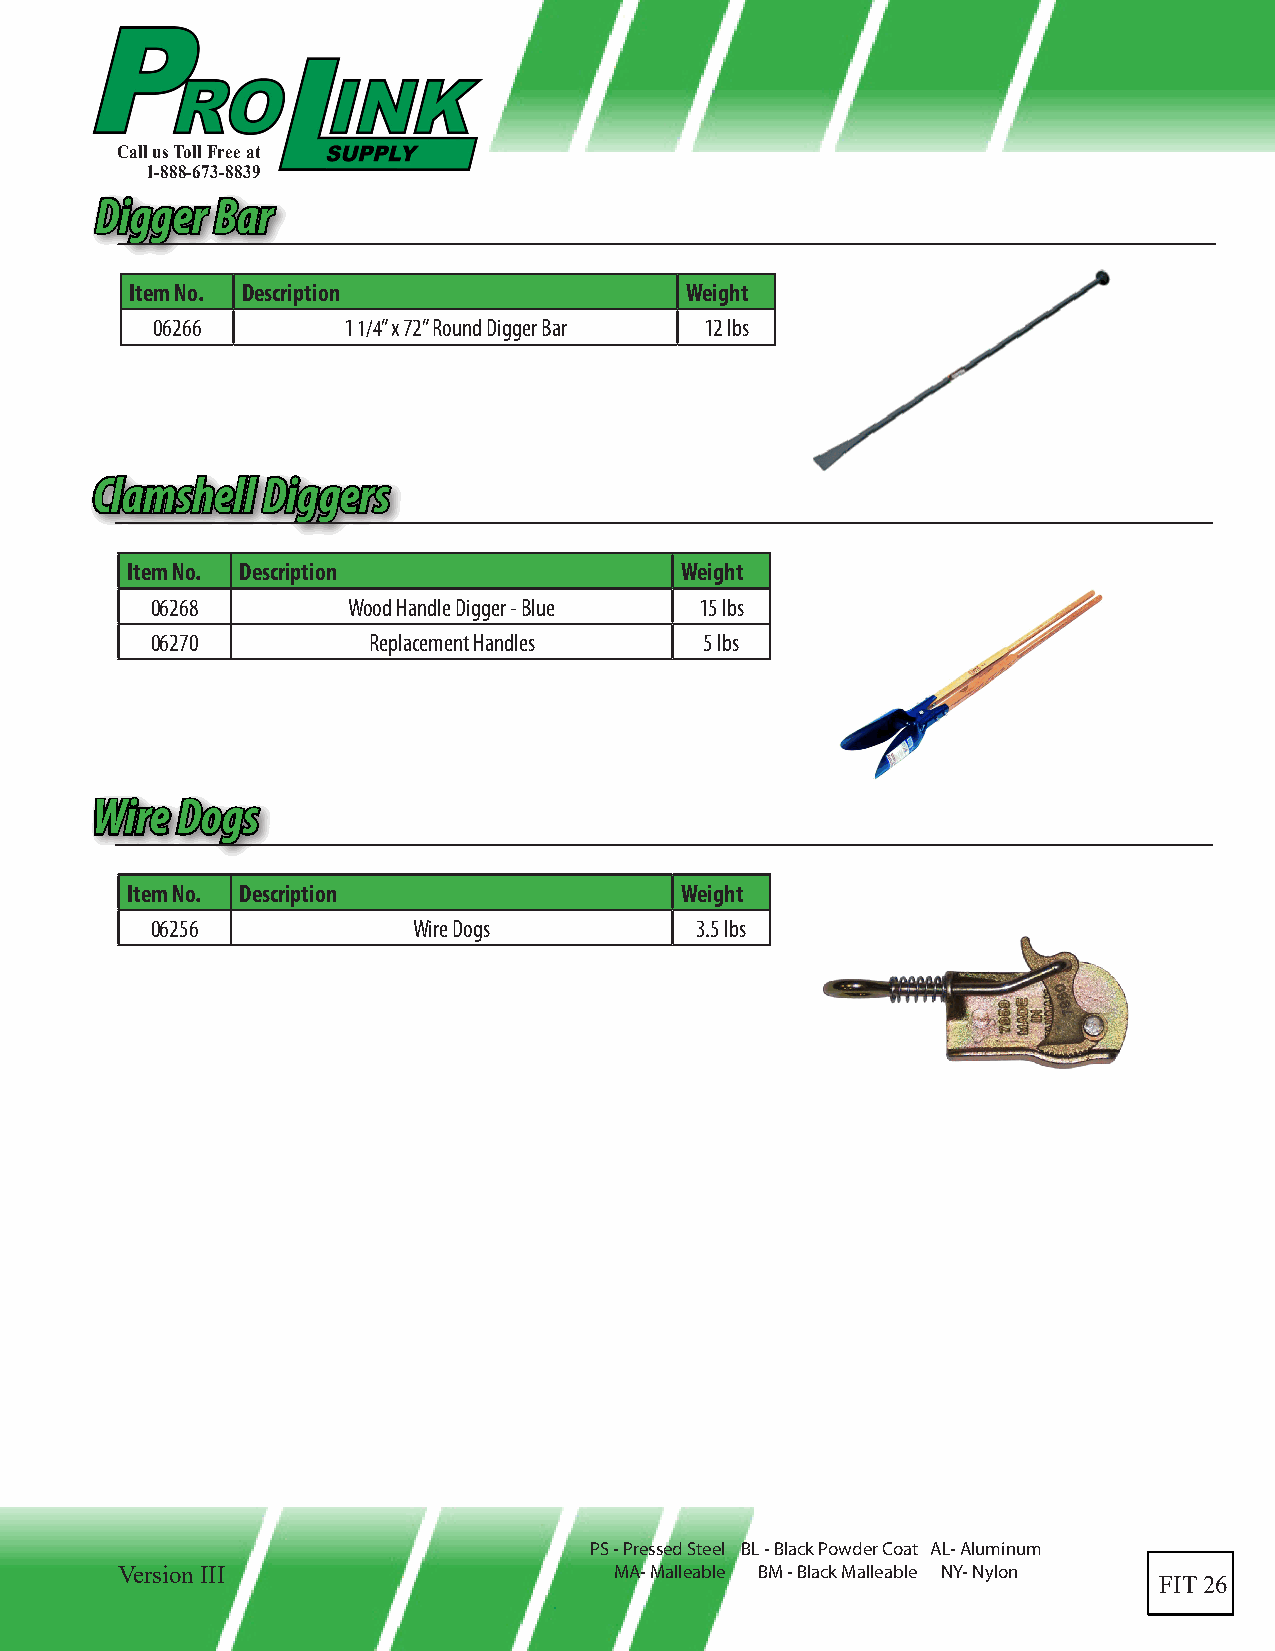
Call us Toll Free at
 1-888-673-8839
 DDiiggggeerr BBaarr
 Item No. Description                Weight
 06266        1 1/4” x 72” Round Digger Bar 12 lbs
 CCllaammsshheellll DDiiggggeerrss
 Item No. Description                 Weight
 06268        Wood Handle Digger - Blue 15 lbs
 06270         Replacement Handles    5 lbs
 WWiirree DDooggss
 Item No. Description                 Weight
 06256            Wire Dogs          3.5 lbs
 PS - Pressed Steel BL - Black Powder Coat AL- Aluminum
 Version III                      MA- Malleable BM - Black Malleable NY- Nylon
 FIT 26